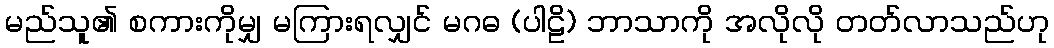
မည်သူ၏ စကားကိုမျှ မကြားရလျှင် မဂဓ (ပါဠိ) ဘာသာကို အလိုလို တတ်လာသည်ဟု